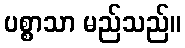
ပစ္စာသာ မည်သည်။